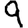
Digit: 9